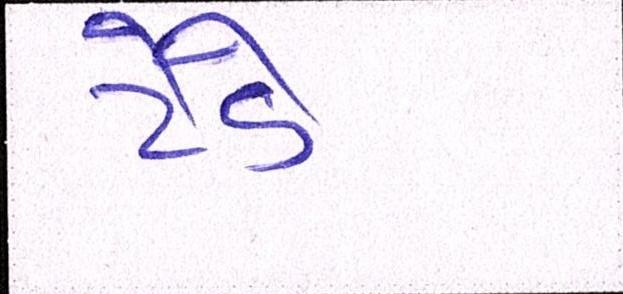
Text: ટેડે